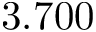
3 . 7 0 0